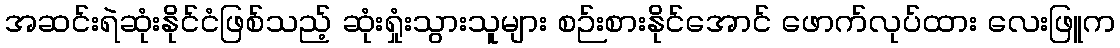
အဆင်းရဲဆုံးနိုင်ငံဖြစ်သည့် ဆုံးရှုံးသွားသူများ စဉ်းစားနိုင်အောင် ဖောက်လုပ်ထား လေးဖြူက